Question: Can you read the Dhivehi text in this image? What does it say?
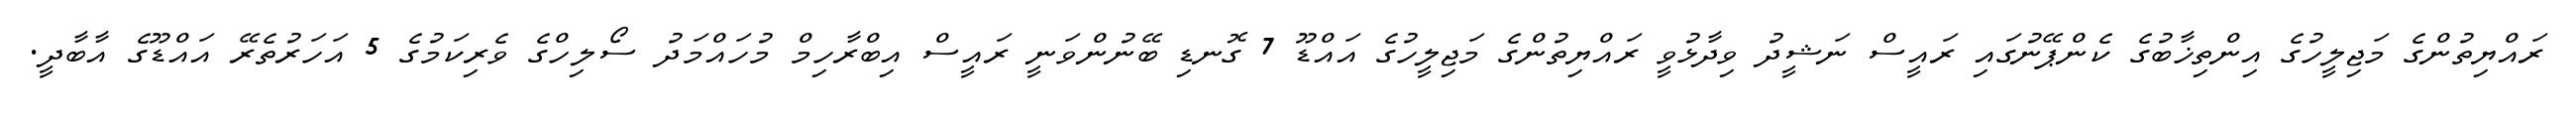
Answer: ރައްޔިތުންގެ މަޖިލީހުގެ އިންތިޚާބުގެ ކެންޕޭނުގައި ރައީސް ނަޝީދު ވިދާޅުވީ ރައްޔިތުންގެ މަޖިލީހުގެ އައްޑޫ 7 ގޮނޑި ބޭނުންވަނީ ރައީސް އިބްރާހިމް މުހައްމަދު ސޯލިހްގެ ވެރިކަމުގެ 5 އަހަރުތެރޭ އައްޑޫގެ އާބާދީ.